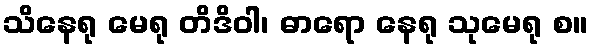
သိနေရု မေရု တိဒိဝါ၊ ဓာရော နေရု သုမေရု စ။